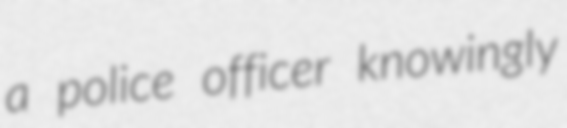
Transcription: a police officer knowingly